NAE_EAOK_eestikeelsed_sunnimeetrikad, lk 116
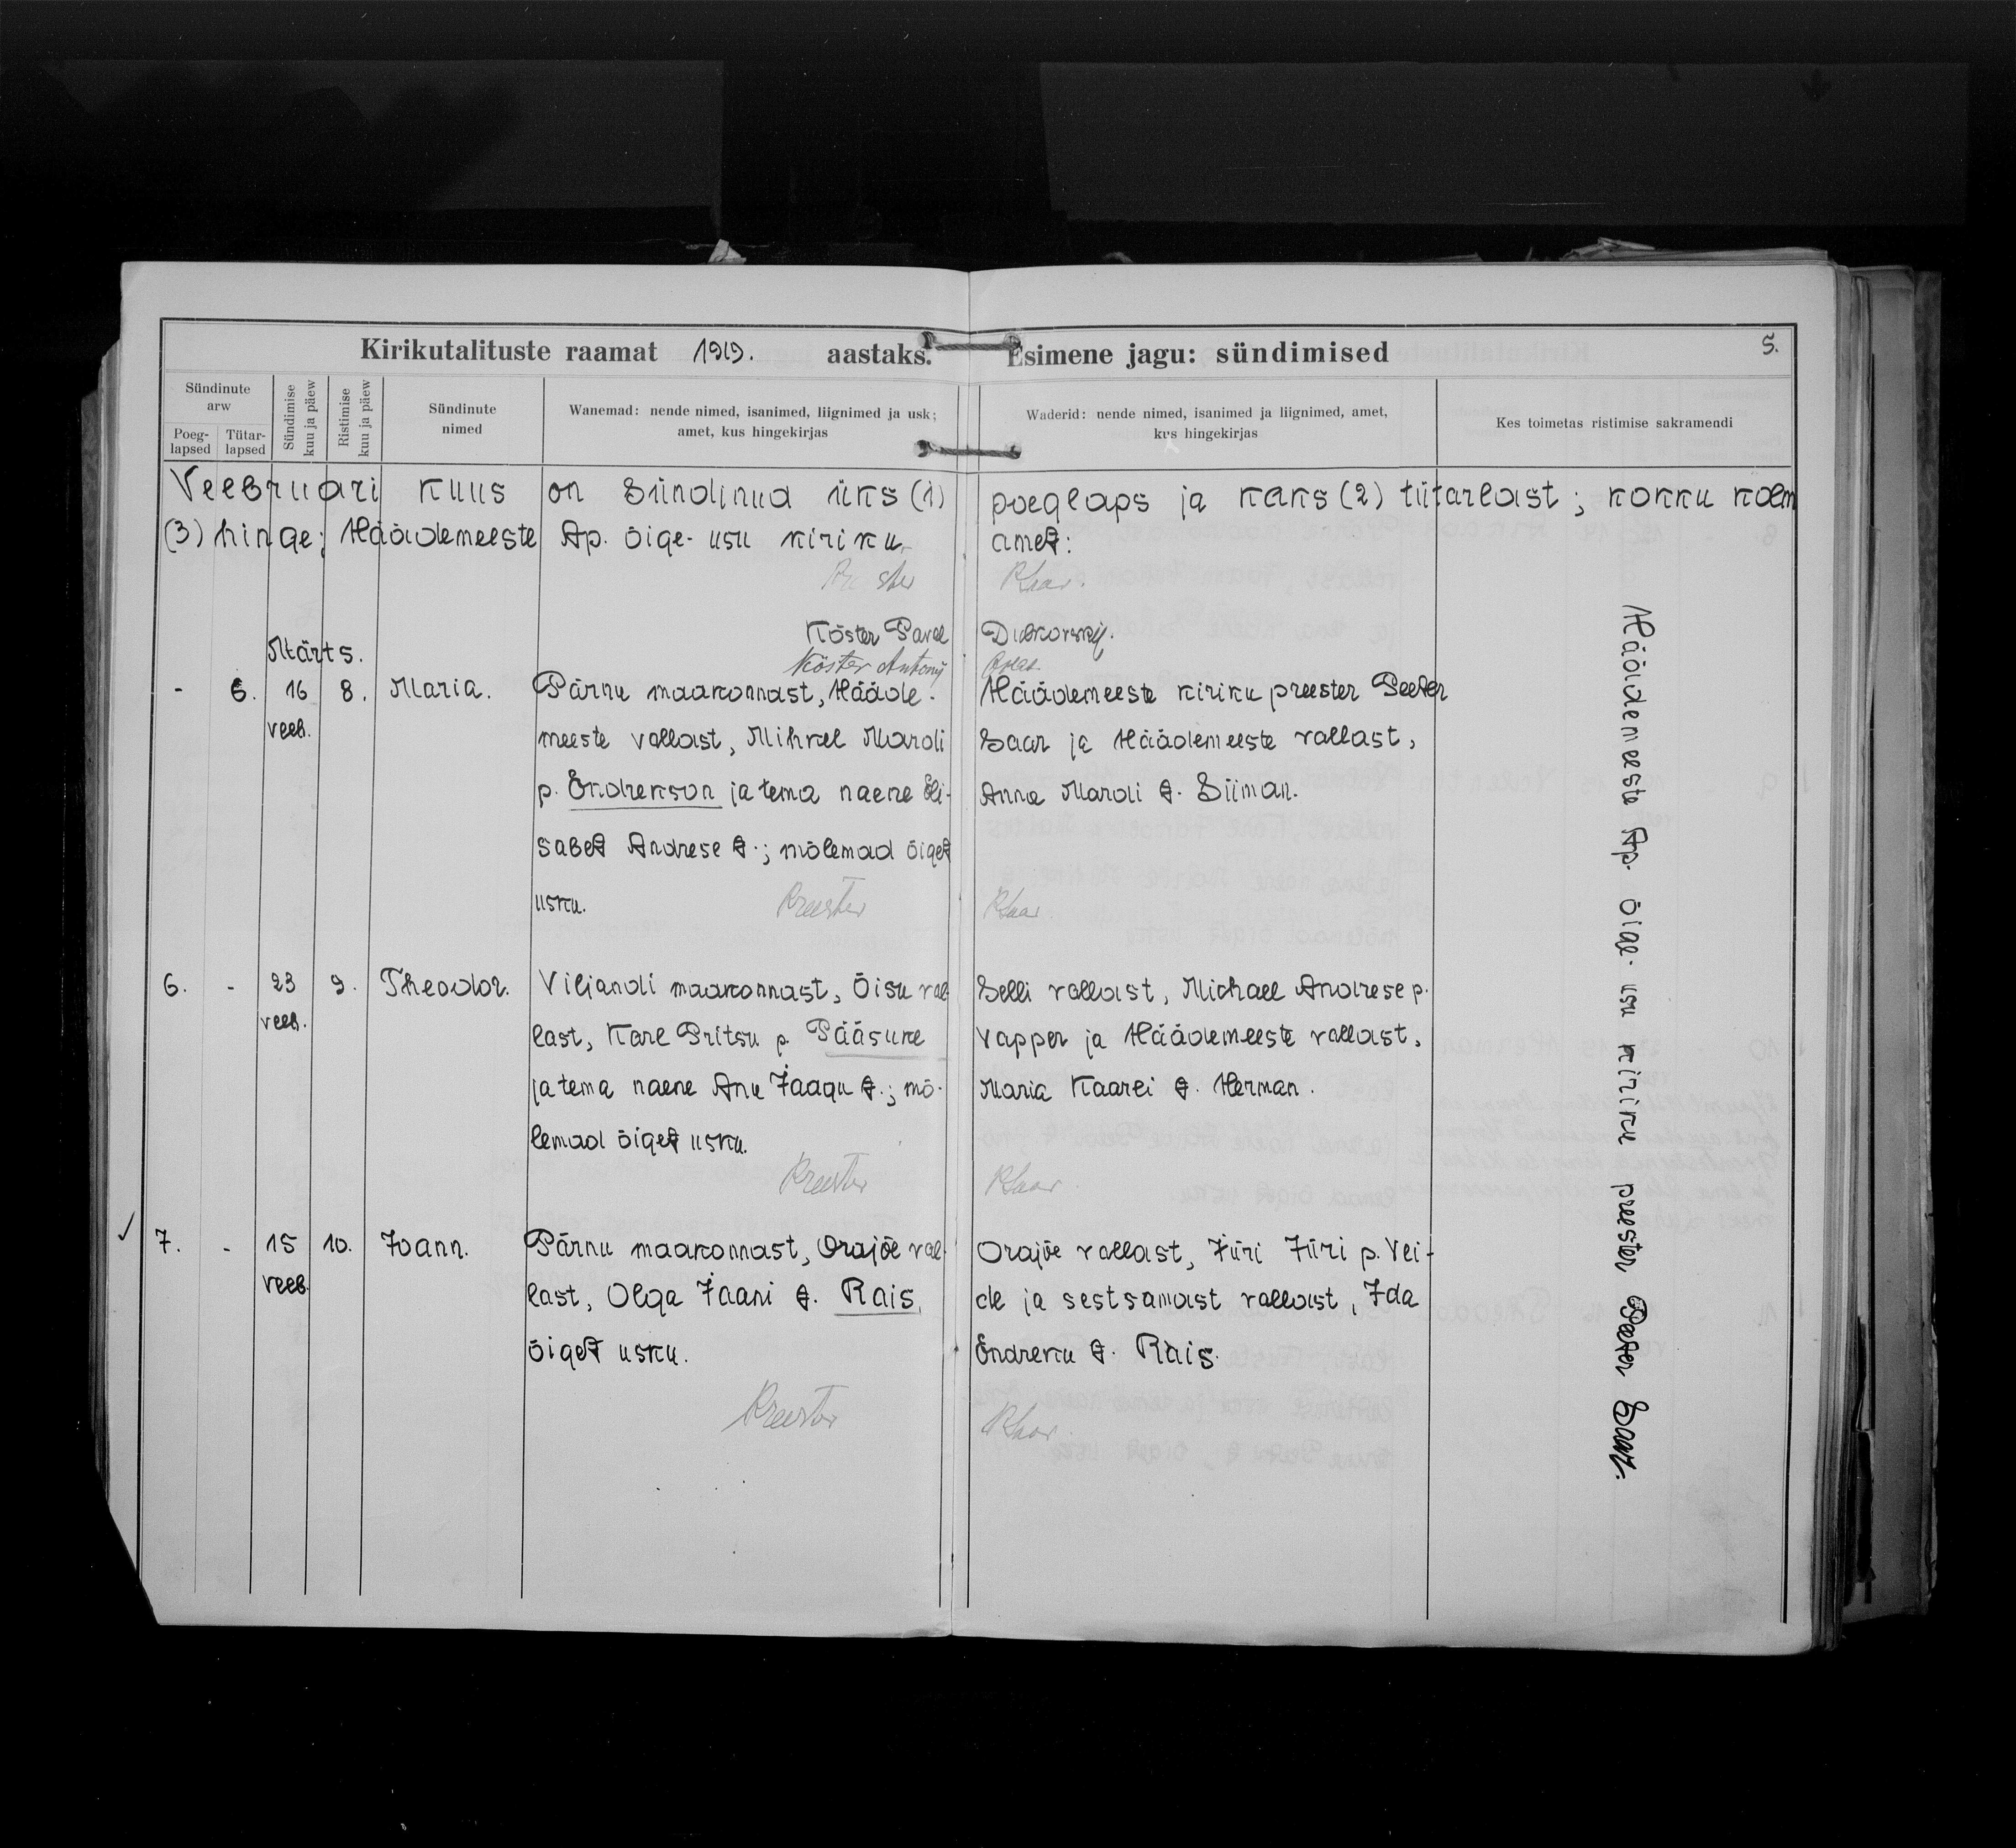
Maria

Theodor

Joann

Pärnu maakonnast, Hääde-
meeste vallast, Mihkel Mardi
p. Endrekson ja tema naene Eli-
sabet Andrese t.; mõlemad õiget
usku.

Viljandi maakonnast, Õisu val-
last, Karl Pritsu p. Pääsuke
ja tema naene Anu Jaagu t.; mõ-
lemad õiget usku.

Pärnu maakonnast, Orajõe val-
last, Olga Jaani t. Rais,
õiget usku.